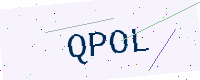
Text: QPOL